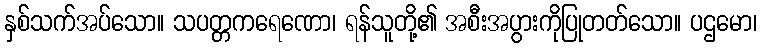
နှစ်သက်အပ်သော။ သပတ္တကရေဏော၊ ရန်သူတို့၏ အစီးအပွားကိုပြုတတ်သော။ ပဌမော၊